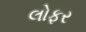
લોફર